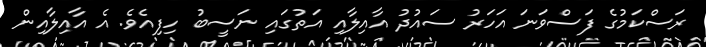
ރަސްކަމުގެ ފަސްވަނަ އަހަރު ސައުދު އާއިލާއި އަތުގައި ނަސީބު ހިފިއެވެ. އެ އާއިލާއިން